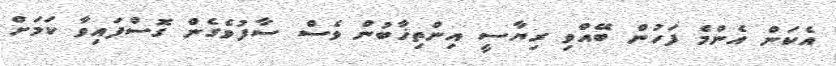
އެކަން އެންމެ ފަހުން ބޭއްވި ރިޔާސީ އިންތިޚާބުން ވެސް ސާފުވެގެން ގޮސްފައިވާ ކަމަށް